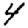
Digit: 4